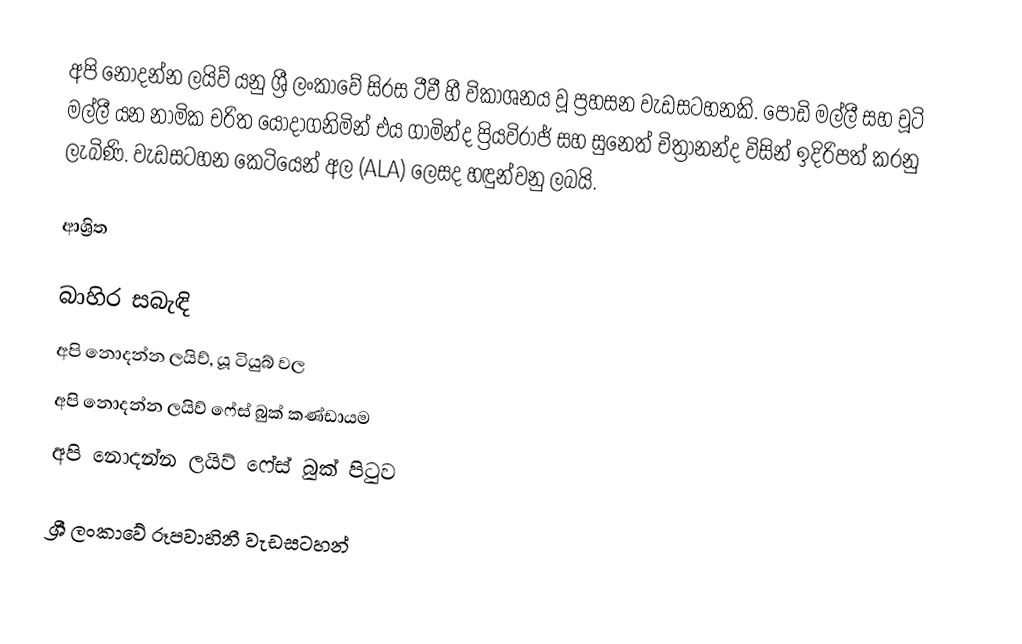
අපි නොදන්න ලයිව් යනු ශ්‍රී ලංකාවේ සිරස ටීවී හී විකාශනය වූ ප්‍රහසන වැඩසටහනකි. පොඩි මල්ලී සහ චූටි මල්ලී යන නාමික චරිත යොදාගනිමින් එය ගාමින්ද ප්‍රියවිරාජ් සහ සුනෙත් චිත්‍රානන්ද විසින් ඉදිරිපත් කරනු ලැබිණි. වැඩසටහන කෙටියෙන් අල (ALA) ලෙසද හඳුන්වනු ලබයි.

ආශ්‍රිත

බාහිර සබැඳි
අපි නොදන්න ලයිව්, යූ ටියුබ් වල
අපි නොදන්න ලයිව් ෆේස් බුක් කණ්ඩායම
අපි නොදන්න ලයිව් ෆේස් බුක් පිටුව

ශ්‍රී ලංකාවේ රූපවාහිනී වැඩසටහන්